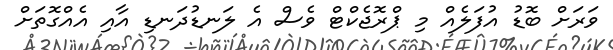
ވަރަށް ބޮޑު އުފަލެއް މި ޕްރޮޖެކްޓް ވެސް އެ ލަނޑުދަނޑި އާއި އެއްގޮތަށް